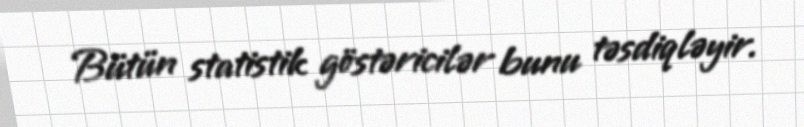
Bütün statistik göstəricilər bunu təsdiqləyir.